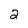
Character: 2